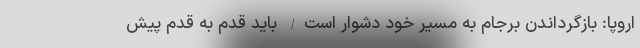
اروپا: بازگرداندن برجام به مسیر خود دشوار است/ باید قدم به قدم پیش